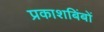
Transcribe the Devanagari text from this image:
प्रकाशबिंबों